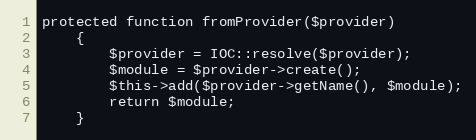
Language: PHP
protected function fromProvider($provider)
    {
        $provider = IOC::resolve($provider);
        $module = $provider->create();
        $this->add($provider->getName(), $module);
        return $module;
    }